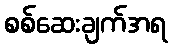
စစ်ဆေးချက်အရ